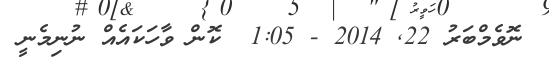
ނޮވެމްބަރު 22